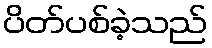
ပိတ်ပစ်ခဲ့သည်